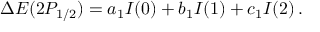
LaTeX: \Delta E ( 2 P _ { 1 / 2 } ) = a _ { 1 } I ( 0 ) + b _ { 1 } I ( 1 ) + c _ { 1 } I ( 2 ) \, { . }